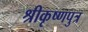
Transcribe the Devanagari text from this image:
श्रीकृष्णपुत्र